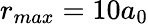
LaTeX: r_{max}=10a_{0}